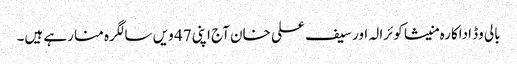
بالی وڈ اداکارہ منیشا کوئرالہ اور سیف علی خان آج اپنی 47 ویں سالگرہ منا رہے ہیں۔